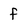
Character: f